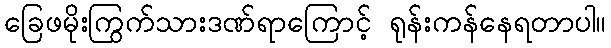
ခြေဖမိုးကြွက်သားဒဏ်ရာကြောင့် ရုန်းကန်နေရတာပါ။